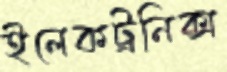
ইলেকট্রনিক্‌স